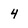
Character: 4